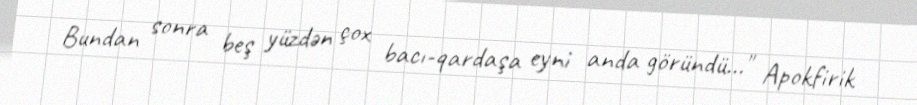
Bundan sonra beş yüzdən çox bacı-qardaşa eyni anda göründü…" Apokfirik